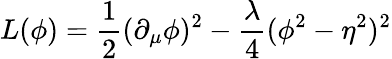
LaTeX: L(\phi)={\frac{1}{2}}(\partial_{\mu}\phi)^{2}-{\frac{\lambda}{4}}(\phi^{2}-\eta^{2})^{2}